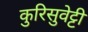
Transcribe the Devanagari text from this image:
कुरिसुवेट्टी